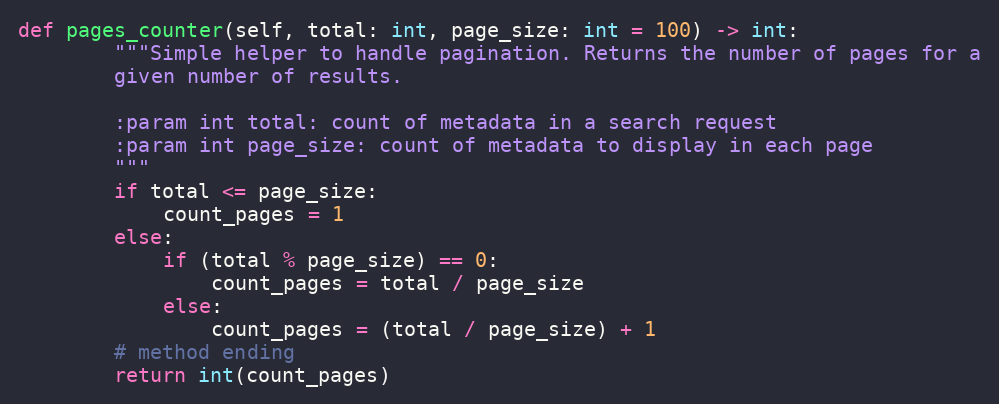
Language: Python
def pages_counter(self, total: int, page_size: int = 100) -> int:
        """Simple helper to handle pagination. Returns the number of pages for a
        given number of results.

        :param int total: count of metadata in a search request
        :param int page_size: count of metadata to display in each page
        """
        if total <= page_size:
            count_pages = 1
        else:
            if (total % page_size) == 0:
                count_pages = total / page_size
            else:
                count_pages = (total / page_size) + 1
        # method ending
        return int(count_pages)